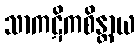
သာကဋိကစိန္တာယ